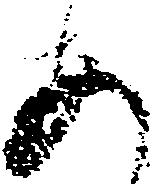
あ